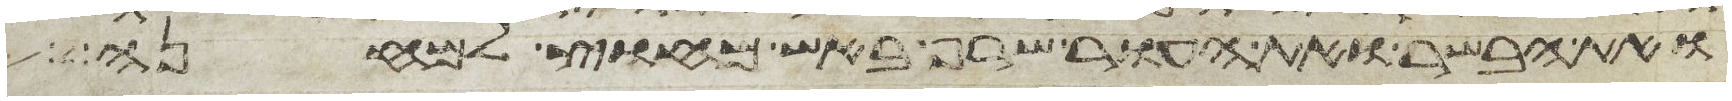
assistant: ואת הבשר ואת העור שרף באש מחוץ למחנה